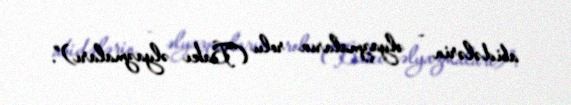
abidələrin - əlyazmaların rolu (Bakı əlyazmaları)”.